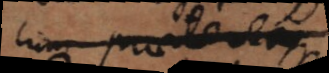
cum praeterea